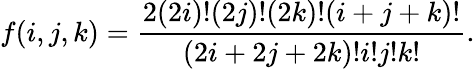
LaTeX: f(i,j,k)=\frac{2(2i)!(2j)!(2k)!(i+j+k)!}{(2i+2j+2k)!i!j!k!}.